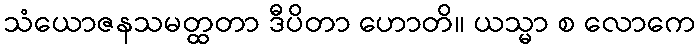
သံယောဇနသမတ္ထတာ ဒီပိတာ ဟောတိ။ ယသ္မာ စ လောကေ